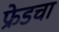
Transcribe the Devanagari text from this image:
फ्रेडचा